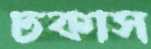
ঢকাস